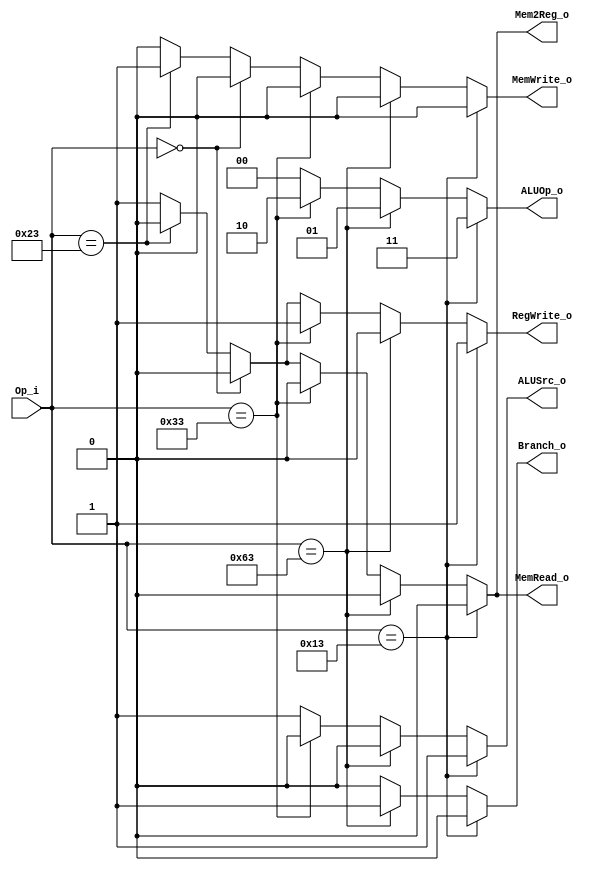
module Control(
    Op_i       ,
    ALUOp_o    ,
    ALUSrc_o   ,
    RegWrite_o ,
    MemWrite_o ,
    MemRead_o  ,
    Mem2Reg_o  ,
    Branch_o   ,
);

input [6:0] Op_i;
output reg ALUSrc_o, RegWrite_o, MemWrite_o, MemRead_o, Mem2Reg_o, Branch_o;
output reg [1:0] ALUOp_o;

//0100011 sw 00
//0000011 lw 00
//1100011 beq 01
//0010011 addi 11
//0110011 R 10
always @(Op_i) begin
	if (Op_i == 7'b0010011) begin //immd
		ALUOp_o <= 2'b11;
		ALUSrc_o <= 1'b1;
		RegWrite_o <= 1'b1;
		MemWrite_o <= 1'b0;
		MemRead_o <= 1'b0;
		Mem2Reg_o <= 1'b0;
		Branch_o <= 1'b0;
	end
	else if (Op_i == 7'b1100011) begin //beq
		ALUOp_o <= 2'b01;
		ALUSrc_o <= 1'b0;
		RegWrite_o <= 1'b0;
		MemWrite_o <= 1'b0;
		MemRead_o <= 1'b0;
		Mem2Reg_o <= 1'b0;
		Branch_o <= 1'b1;
	end
	else if (Op_i == 7'b0110011) begin //R
		ALUOp_o <= 2'b10;
		ALUSrc_o <= 1'b0;
		RegWrite_o <= 1'b1;
		MemWrite_o <= 1'b0;
		MemRead_o <= 1'b0;
		Mem2Reg_o <= 1'b0;
		Branch_o <= 1'b0;
	end
	else if (Op_i == 7'b0000000) begin //no instruction
		ALUOp_o <= 2'b00;
		ALUSrc_o <= 1'b1;
		RegWrite_o <= 1'b0;
		MemWrite_o <= 1'b0;
		MemRead_o <= 1'b0;
		Mem2Reg_o <= 1'b0;
		Branch_o <= 1'b0;
	end
	else begin //sw lw
		ALUOp_o <= 2'b00;
		ALUSrc_o <= 1'b1;
		Branch_o <= 1'b0;
		if (Op_i == 7'b0100011) begin //sw
			RegWrite_o <= 1'b0;
			MemWrite_o <= 1'b1;
			MemRead_o <= 1'b0;
			Mem2Reg_o <= 1'b0;
		end
		else begin
			RegWrite_o <= 1'b1; //lw
			MemWrite_o <= 1'b0;
			MemRead_o <= 1'b1;
			Mem2Reg_o <= 1'b1;
		end
	end
	
end
endmodule